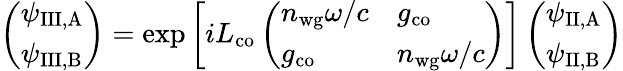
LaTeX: \left(\begin{array}{l}{\psi_{\mathrm{III,A}}}\\ {\psi_{\mathrm{III,B}}}\end{array}\right)=\exp{\left[iL_{\mathrm{co}}\left(\begin{array}{ll}{n_{\mathrm{wg}}\omega/c}&{g_{\mathrm{co}}}\\ {g_{\mathrm{co}}}&{n_{\mathrm{wg}}\omega/c}\end{array}\right)\right]}\left(\begin{array}{l}{\psi_{\mathrm{II,A}}}\\ {\psi_{\mathrm{II,B}}}\end{array}\right)